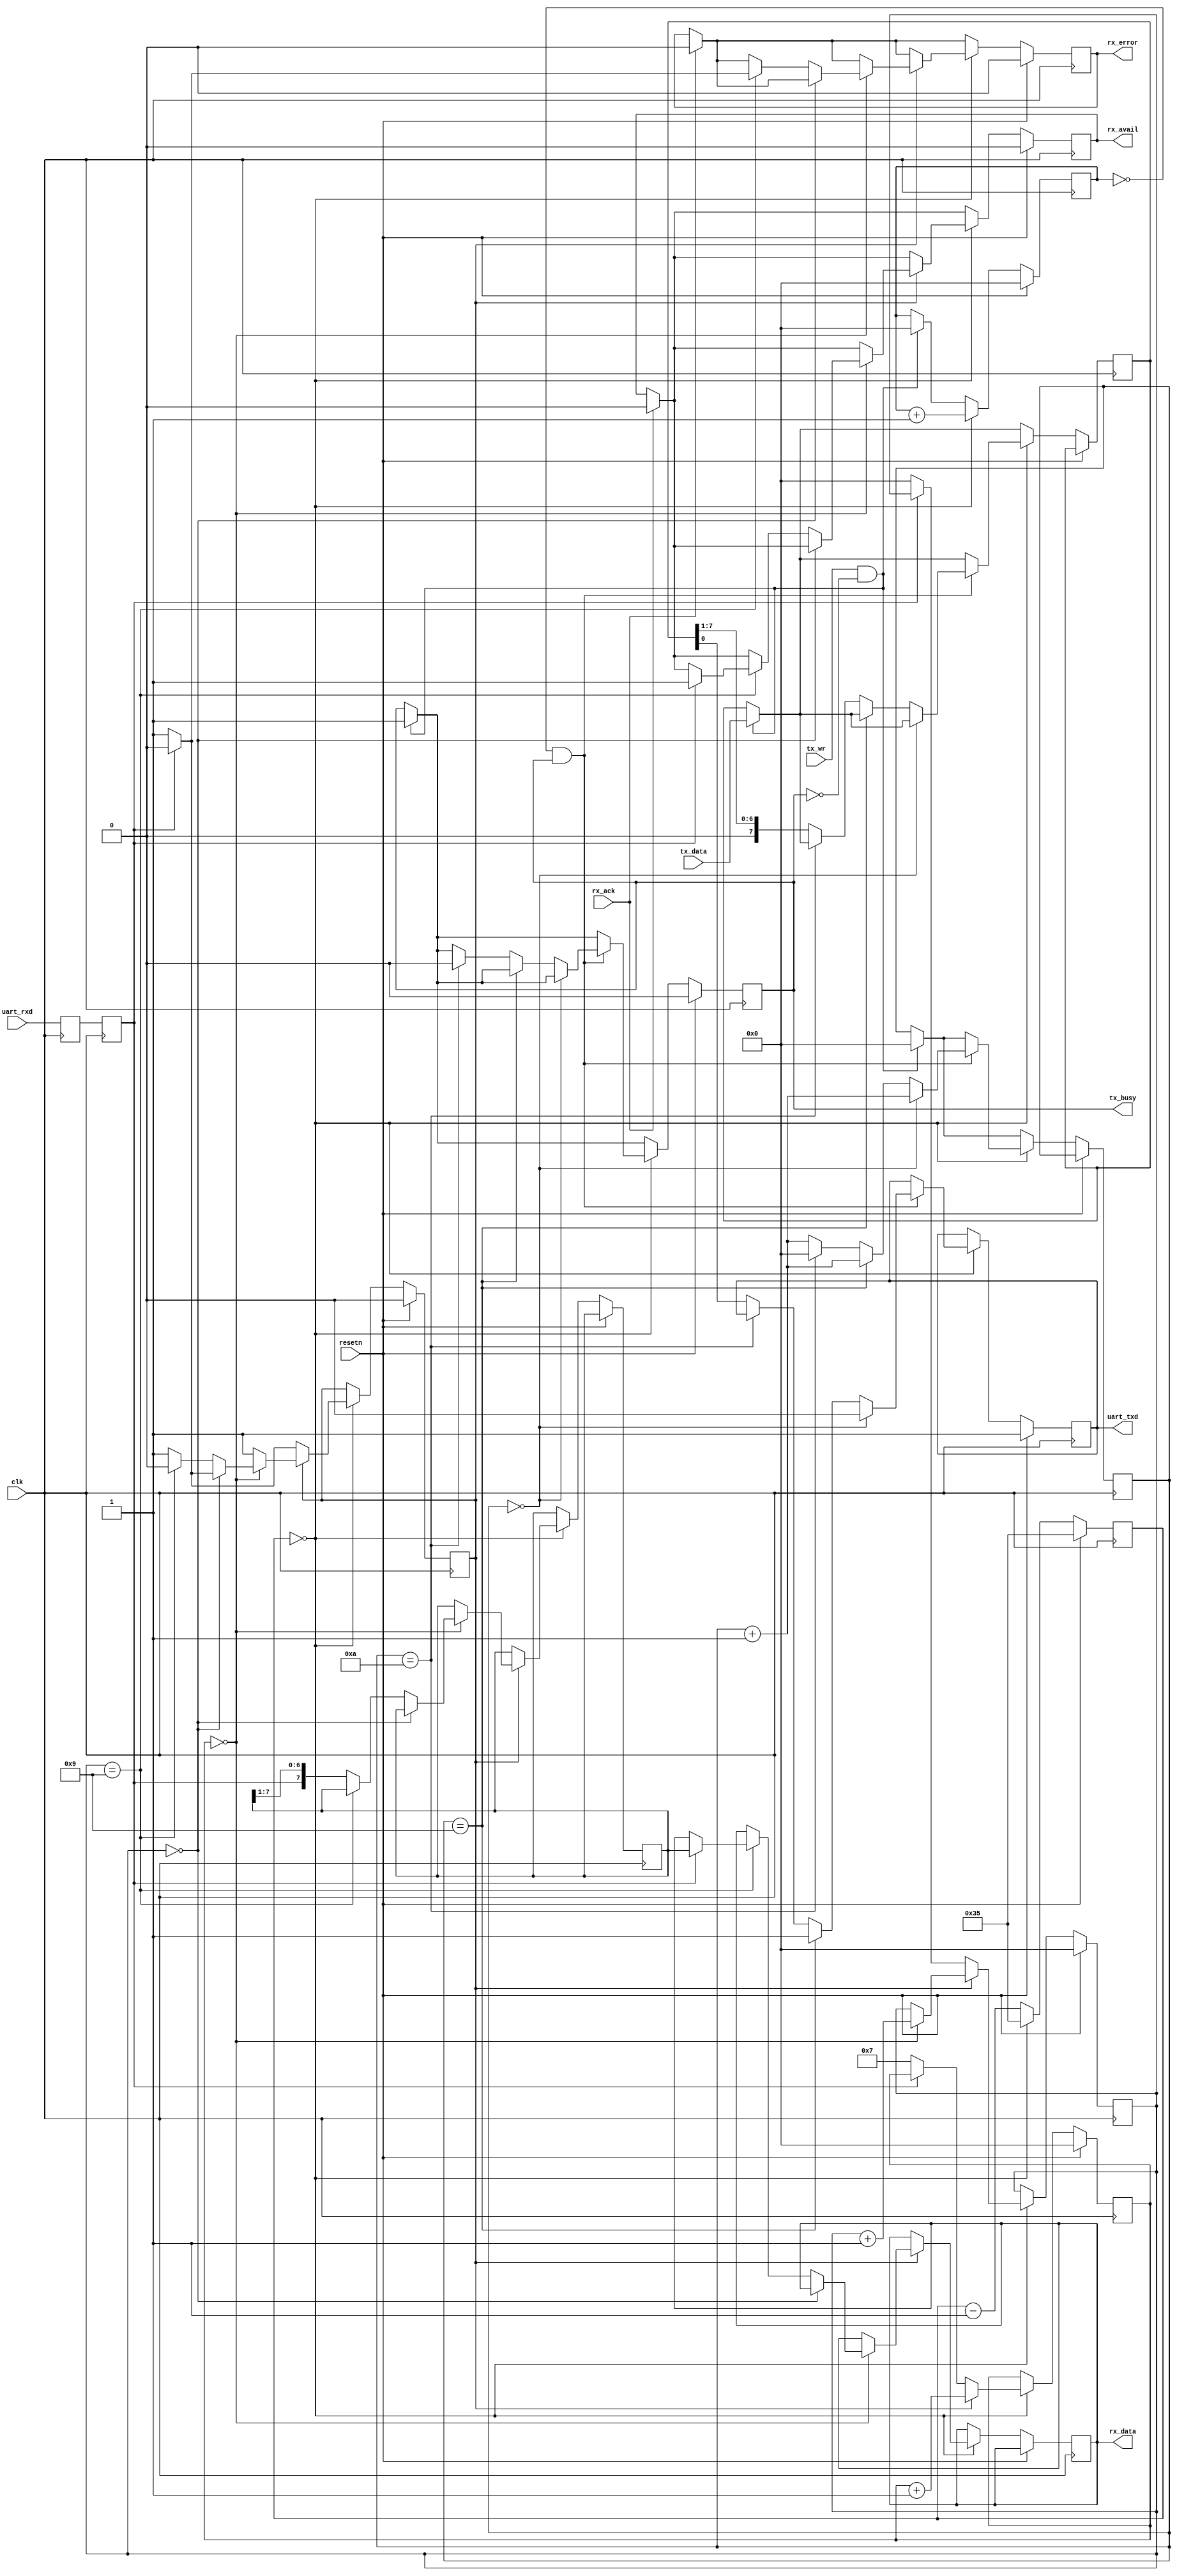
//-----------------------------------------------------
// Design Name : uart
//-----------------------------------------------------
module uart #(
	parameter SYS_FREQ_HZ = 100000000,
	parameter BAUD_RATE   = 115200
) (
	input            resetn  ,
	input            clk     ,
	// UART lines
	input            uart_rxd,
	output reg       uart_txd,
	//
	output reg [7:0] rx_data ,
	output reg       rx_avail,
	output reg       rx_error,
	input            rx_ack  ,
	input      [7:0] tx_data ,
	input            tx_wr   ,
	output reg       tx_busy
);

	localparam divisor = SYS_FREQ_HZ/BAUD_RATE/16;
//-----------------------------------------------------------------
// enable16 generator
//-----------------------------------------------------------------
	reg [15:0] enable16_counter;

	wire enable16;
	assign enable16 = (enable16_counter == 0);

	always @(posedge clk)
		begin
			if (resetn) begin
				enable16_counter <= divisor-1;
			end else begin
				enable16_counter <= enable16_counter - 1;
				if (enable16_counter == 0) begin
					enable16_counter <= divisor-1;
				end
			end
		end

//-----------------------------------------------------------------
// syncronize uart_rxd
//-----------------------------------------------------------------
	reg uart_rxd1;
	reg uart_rxd2;

	always @(posedge clk)
		begin
			uart_rxd1 <= uart_rxd;
			uart_rxd2 <= uart_rxd1;
		end

//-----------------------------------------------------------------
// UART RX Logic
//-----------------------------------------------------------------
	reg       rx_busy    ;
	reg [3:0] rx_count16 ;
	reg [3:0] rx_bitcount;
	reg [7:0] rxd_reg    ;

	always @ (posedge clk)
		begin
			if (resetn) begin
				rx_busy     <= 0;
				rx_count16  <= 0;
				rx_bitcount <= 0;
				rx_avail    <= 0;
				rx_error    <= 0;
			end else begin
				if (rx_ack) begin
					rx_avail <= 0;
					rx_error <= 0;
				end

				if (enable16) begin
					if (!rx_busy) begin           // look for start bit
						if (!uart_rxd2) begin     //     start bit found
							rx_busy     <= 1;
							rx_count16  <= 7;
							rx_bitcount <= 0;
						end
					end else begin
						rx_count16 <= rx_count16 + 1;

						if (rx_count16 == 0) begin      // sample
							rx_bitcount <= rx_bitcount + 1;

							if (rx_bitcount == 0) begin          // verify startbit
								if (uart_rxd2) begin
									rx_busy <= 0;
								end
							end else if (rx_bitcount == 9) begin // look for stop bit
								rx_busy <= 0;
								if (uart_rxd2) begin             //   stop bit ok
									rx_data  <= rxd_reg;
									rx_avail <= 1;
									rx_error <= 0;
								end else begin                  //   bad stop bit
									rx_error <= 1;
								end
							end else begin
								rxd_reg <= { uart_rxd2, rxd_reg[7:1] };
							end
						end
					end
				end
			end
		end

//-----------------------------------------------------------------
// UART TX Logic
//-----------------------------------------------------------------
	reg [3:0] tx_bitcount;
	reg [3:0] tx_count16 ;
	reg [7:0] txd_reg    ;

	always @ (posedge clk)
		begin
			if (resetn) begin
				tx_busy    <= 0;
				uart_txd   <= 1;
				tx_count16 <= 0;
			end else begin
				if (tx_wr && !tx_busy) begin
					txd_reg     <= tx_data;
					tx_bitcount <= 0;
					tx_count16  <= 0;
					tx_busy     <= 1;
				end

				if (enable16) begin
					tx_count16 <= tx_count16 + 1;

					if ((tx_count16 == 0) && tx_busy) begin
						tx_bitcount <= tx_bitcount + 1;

						if (tx_bitcount == 0) begin
							uart_txd <= 'b0;
						end else if (tx_bitcount ==  9) begin
							uart_txd <= 'b1;
						end else if (tx_bitcount == 10) begin
							tx_bitcount <= 0;
							tx_busy     <= 0;
						end else begin
							uart_txd <= txd_reg[0];
							txd_reg  <= { 1'b0, txd_reg[7:1] };
						end
					end

				end
			end
		end

endmodule